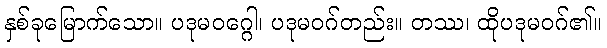
နှစ်ခုမြောက်သော။ ပဒုမဝဂ္ဂေါ၊ ပဒုမဝဂ်တည်း။ တဿ၊ ထိုပဒုမဝဂ်၏။